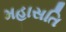
મહાસતિ